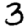
Digit: 3